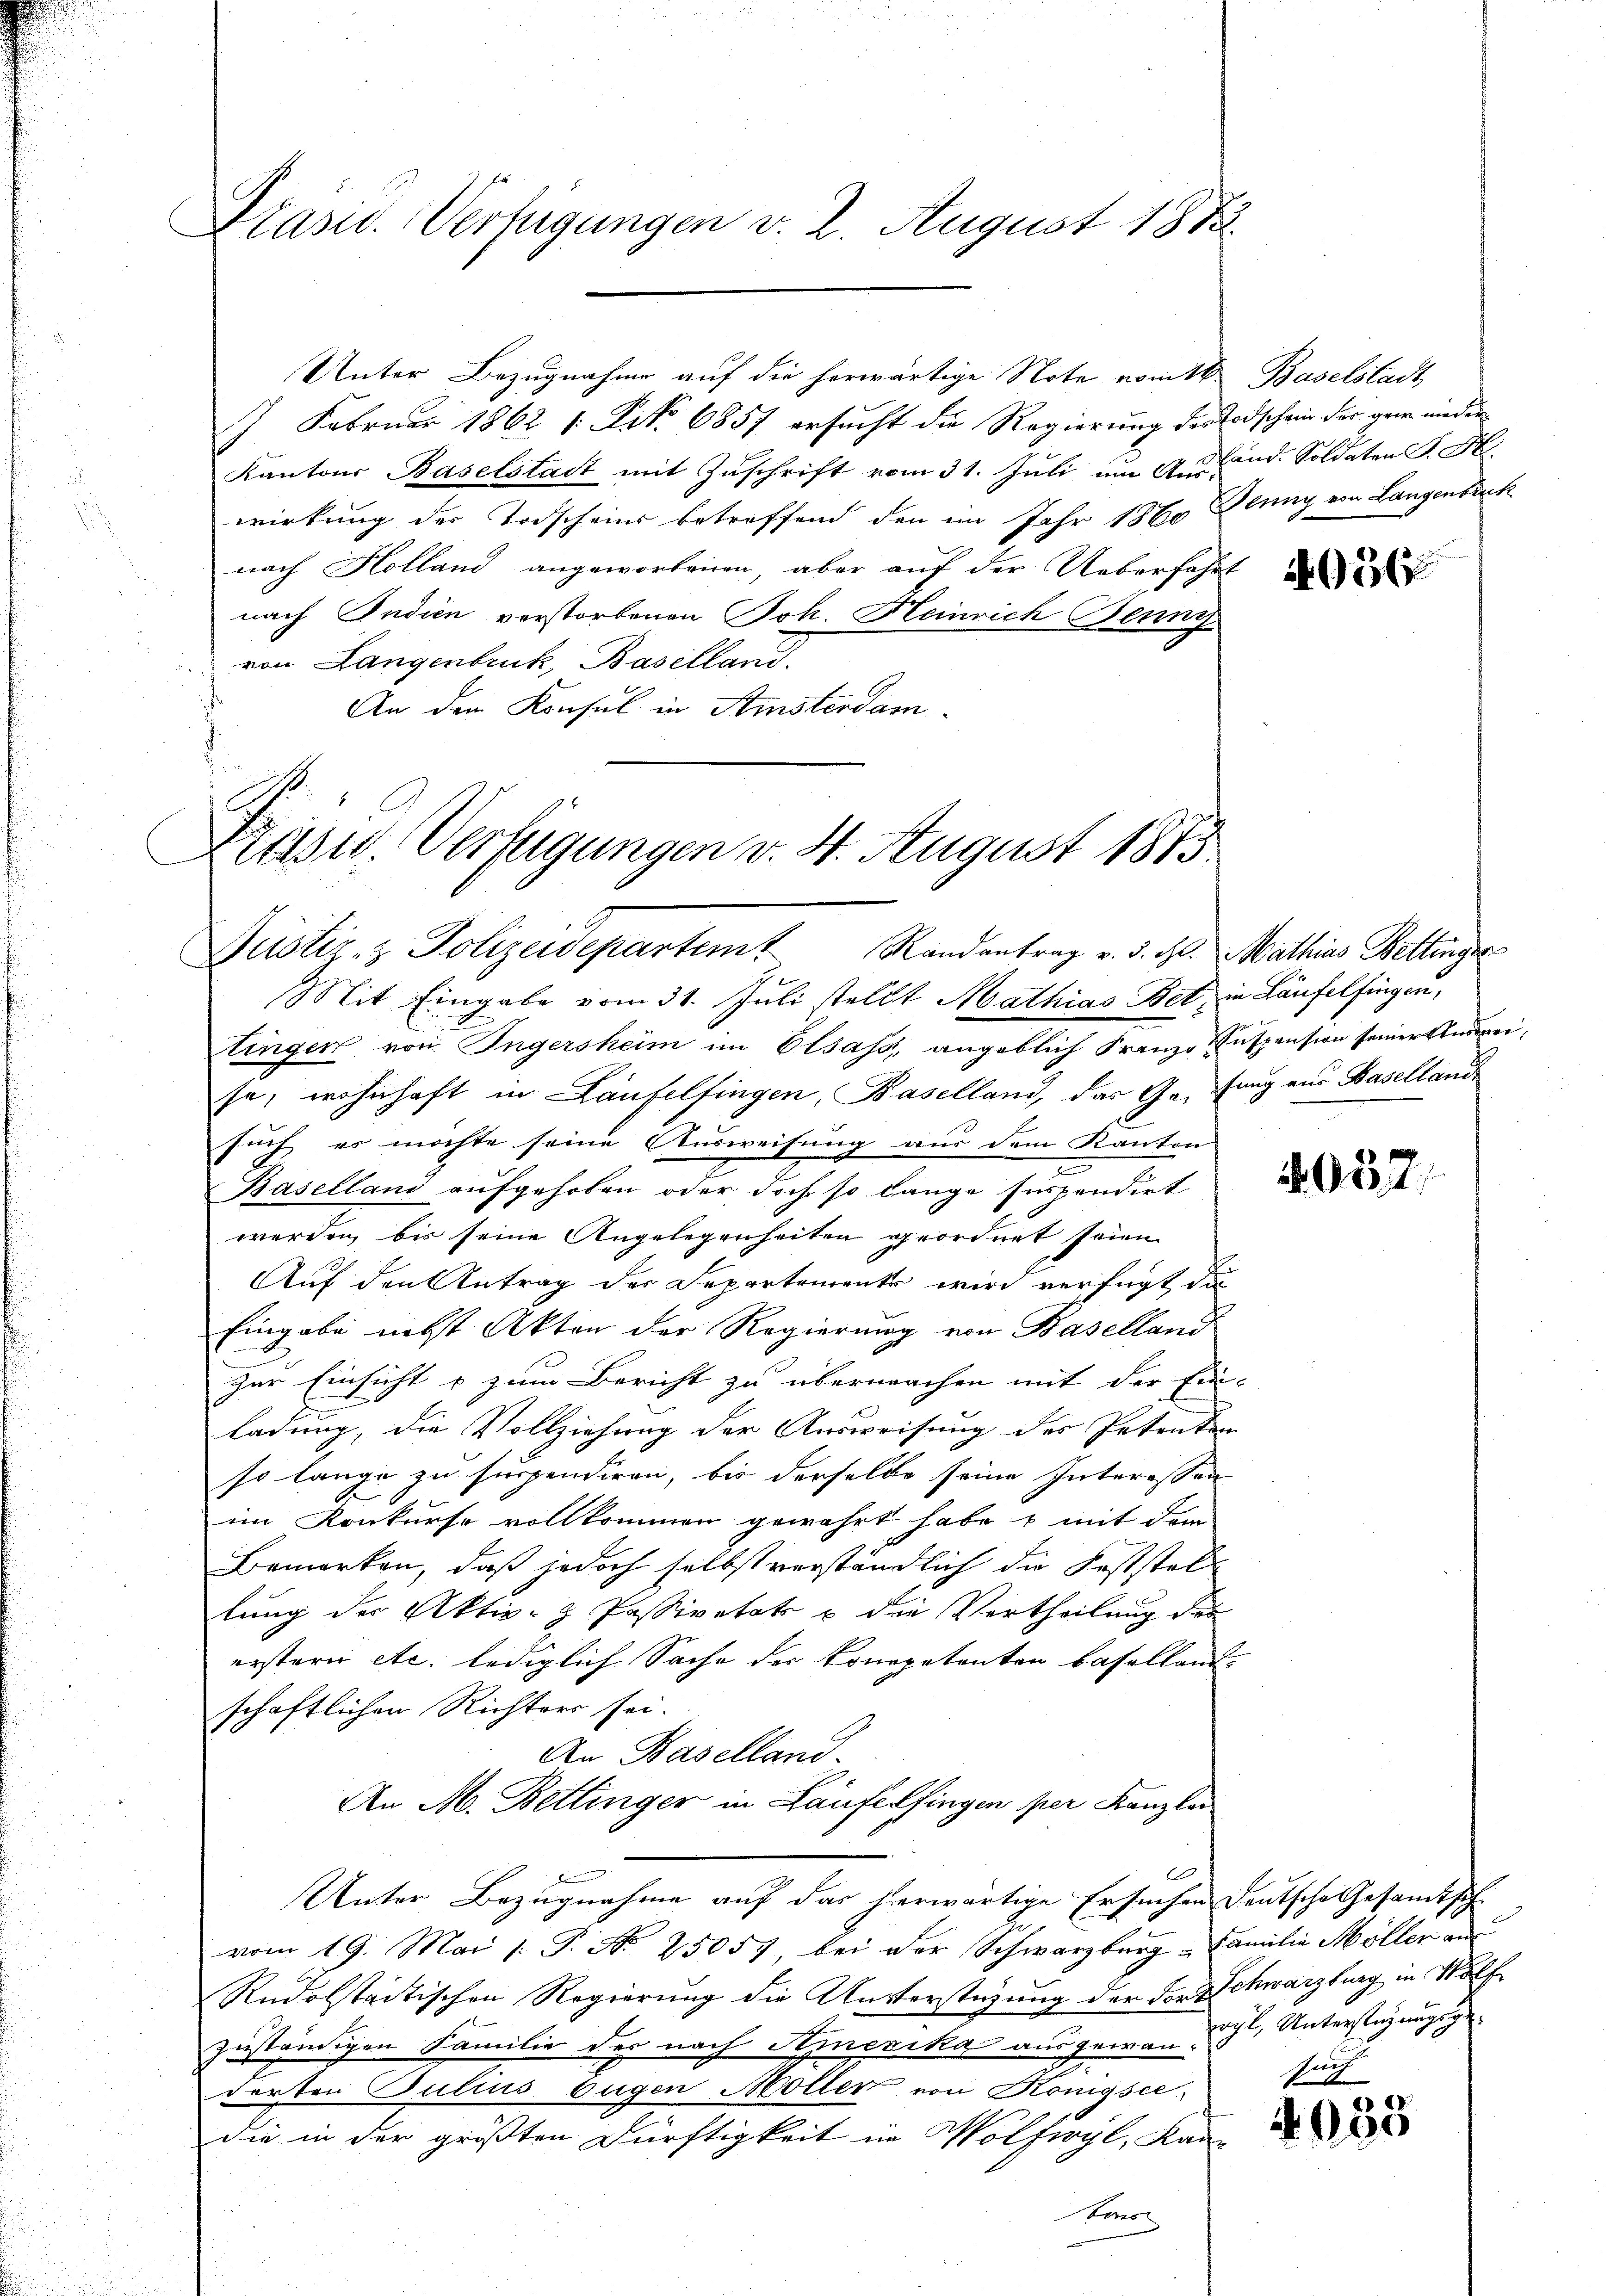
Präsid.. Verfügungen v. 2. August 1873.

J. Februar 1862. 1. No 6857 ersucht die Regierung der Todschein der gar nieder
Kantons Baselstadt mit Zuschrift vom 31. Juli im And. Soldaten K. H.
wirkung der Todscheins betreffend den im Jahr 1860 Jenny von Langenbruck
nach Holland angeworbenen, aber auf der Ueberfahrt
nach Indien verstorbenen Joh. Heinrich Benni
von Langenbruck, Baselland.
An dem Konsul in Amsterdam

Unter Bezugnahme auf die herwärtige Note nomtk.

Rusw. Verfügungen v. 4. August 1875
Justiz- & Polizeidepartem Randantrag v. d. M. Mathias Bettinger

2
Mit Eingabe vom 31. Juli stellt Mathias Bet, in Laufelfingen,
tingen von Ingersheim im Elsass, angeblich Franz Suspension seiner Andereise, wohnhaft in Laufelfingen, Baselland, das Gefang aus Baselland
such es möchte seine Ausweisung aus dem Kanton
Baselland aufgehoben oder doch so lange sespondirt
werden, bis seine Angelegenheiten geordnet seien
Auf den Antrag der Separtemente wird verfügt da
Eingabe nebst Akten der Regierung von Baselland
zur Einsicht u zum Bericht zu übermachen mit der Ein-
ladung, die Vollziehung der Ausweisung des Petenten
so lange zu suspendiren, bis derselbe seine Interessen
im Konkurse vollkommen gewährt habe & mit dem
Bemerken, daß jedoch selbst verständlich die Feststellung der Aktiv- Passivetäts u die Vertheilung der
erstern etc. lediglich Sache der Kompetenten Baselland.
schaftlichen Richters sei.
An Baselland-
An M. Bettinger in Laufelsingen per Kanzla
Unter Bezugnahme auf das herwärtige Ersuchen Deutsche Gesamtsch
vom 19. Mai /: P. Nr. 25057, bei der Schwarzburg, Familie Möller aus
Rudolstadtischen Regierung die Unterstüzung der der Schwarzburg in Wolf
zuständigen Familie der nach Amerika ausgewann ich, Unterstüzungsgederten Julius Eugen Möller von Königste
die in der größten Dürftigkeit in Wolfiryl, Kan-
Emo

Baselstadt,

056

4057

sait
2

4035